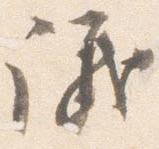
議